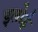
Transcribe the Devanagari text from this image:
इलोई